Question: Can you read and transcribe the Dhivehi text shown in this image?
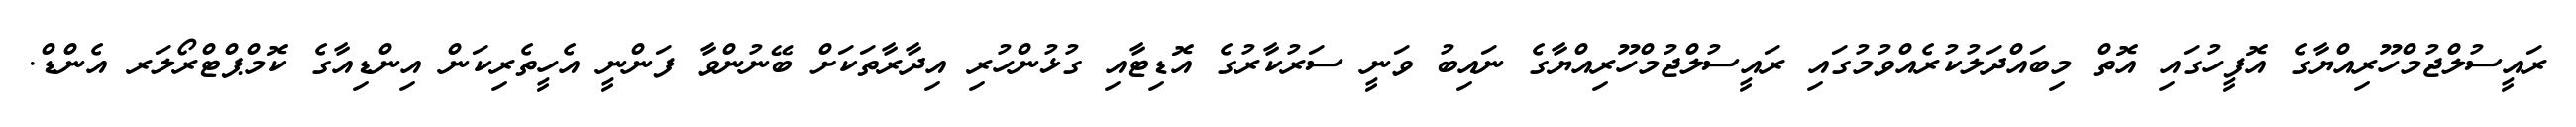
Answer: ރައީސުލްޖުމްހޫރިއްޔާގެ އޮފީހުގައި އޮތް މިބައްދަލުކުރެއްވުމުގައި ރައީސުލްޖުމްހޫރިއްޔާގެ ނައިބު ވަނީ ސަރުކާރުގެ އޮޑިޓާއި ގުޅުންހުރި އިދާރާތަކަށް ބޭނުންވާ ފަންނީ އެހީތެރިކަން އިންޑިއާގެ ކޮމްޕްޓްރޯލަރ އެންޑް.